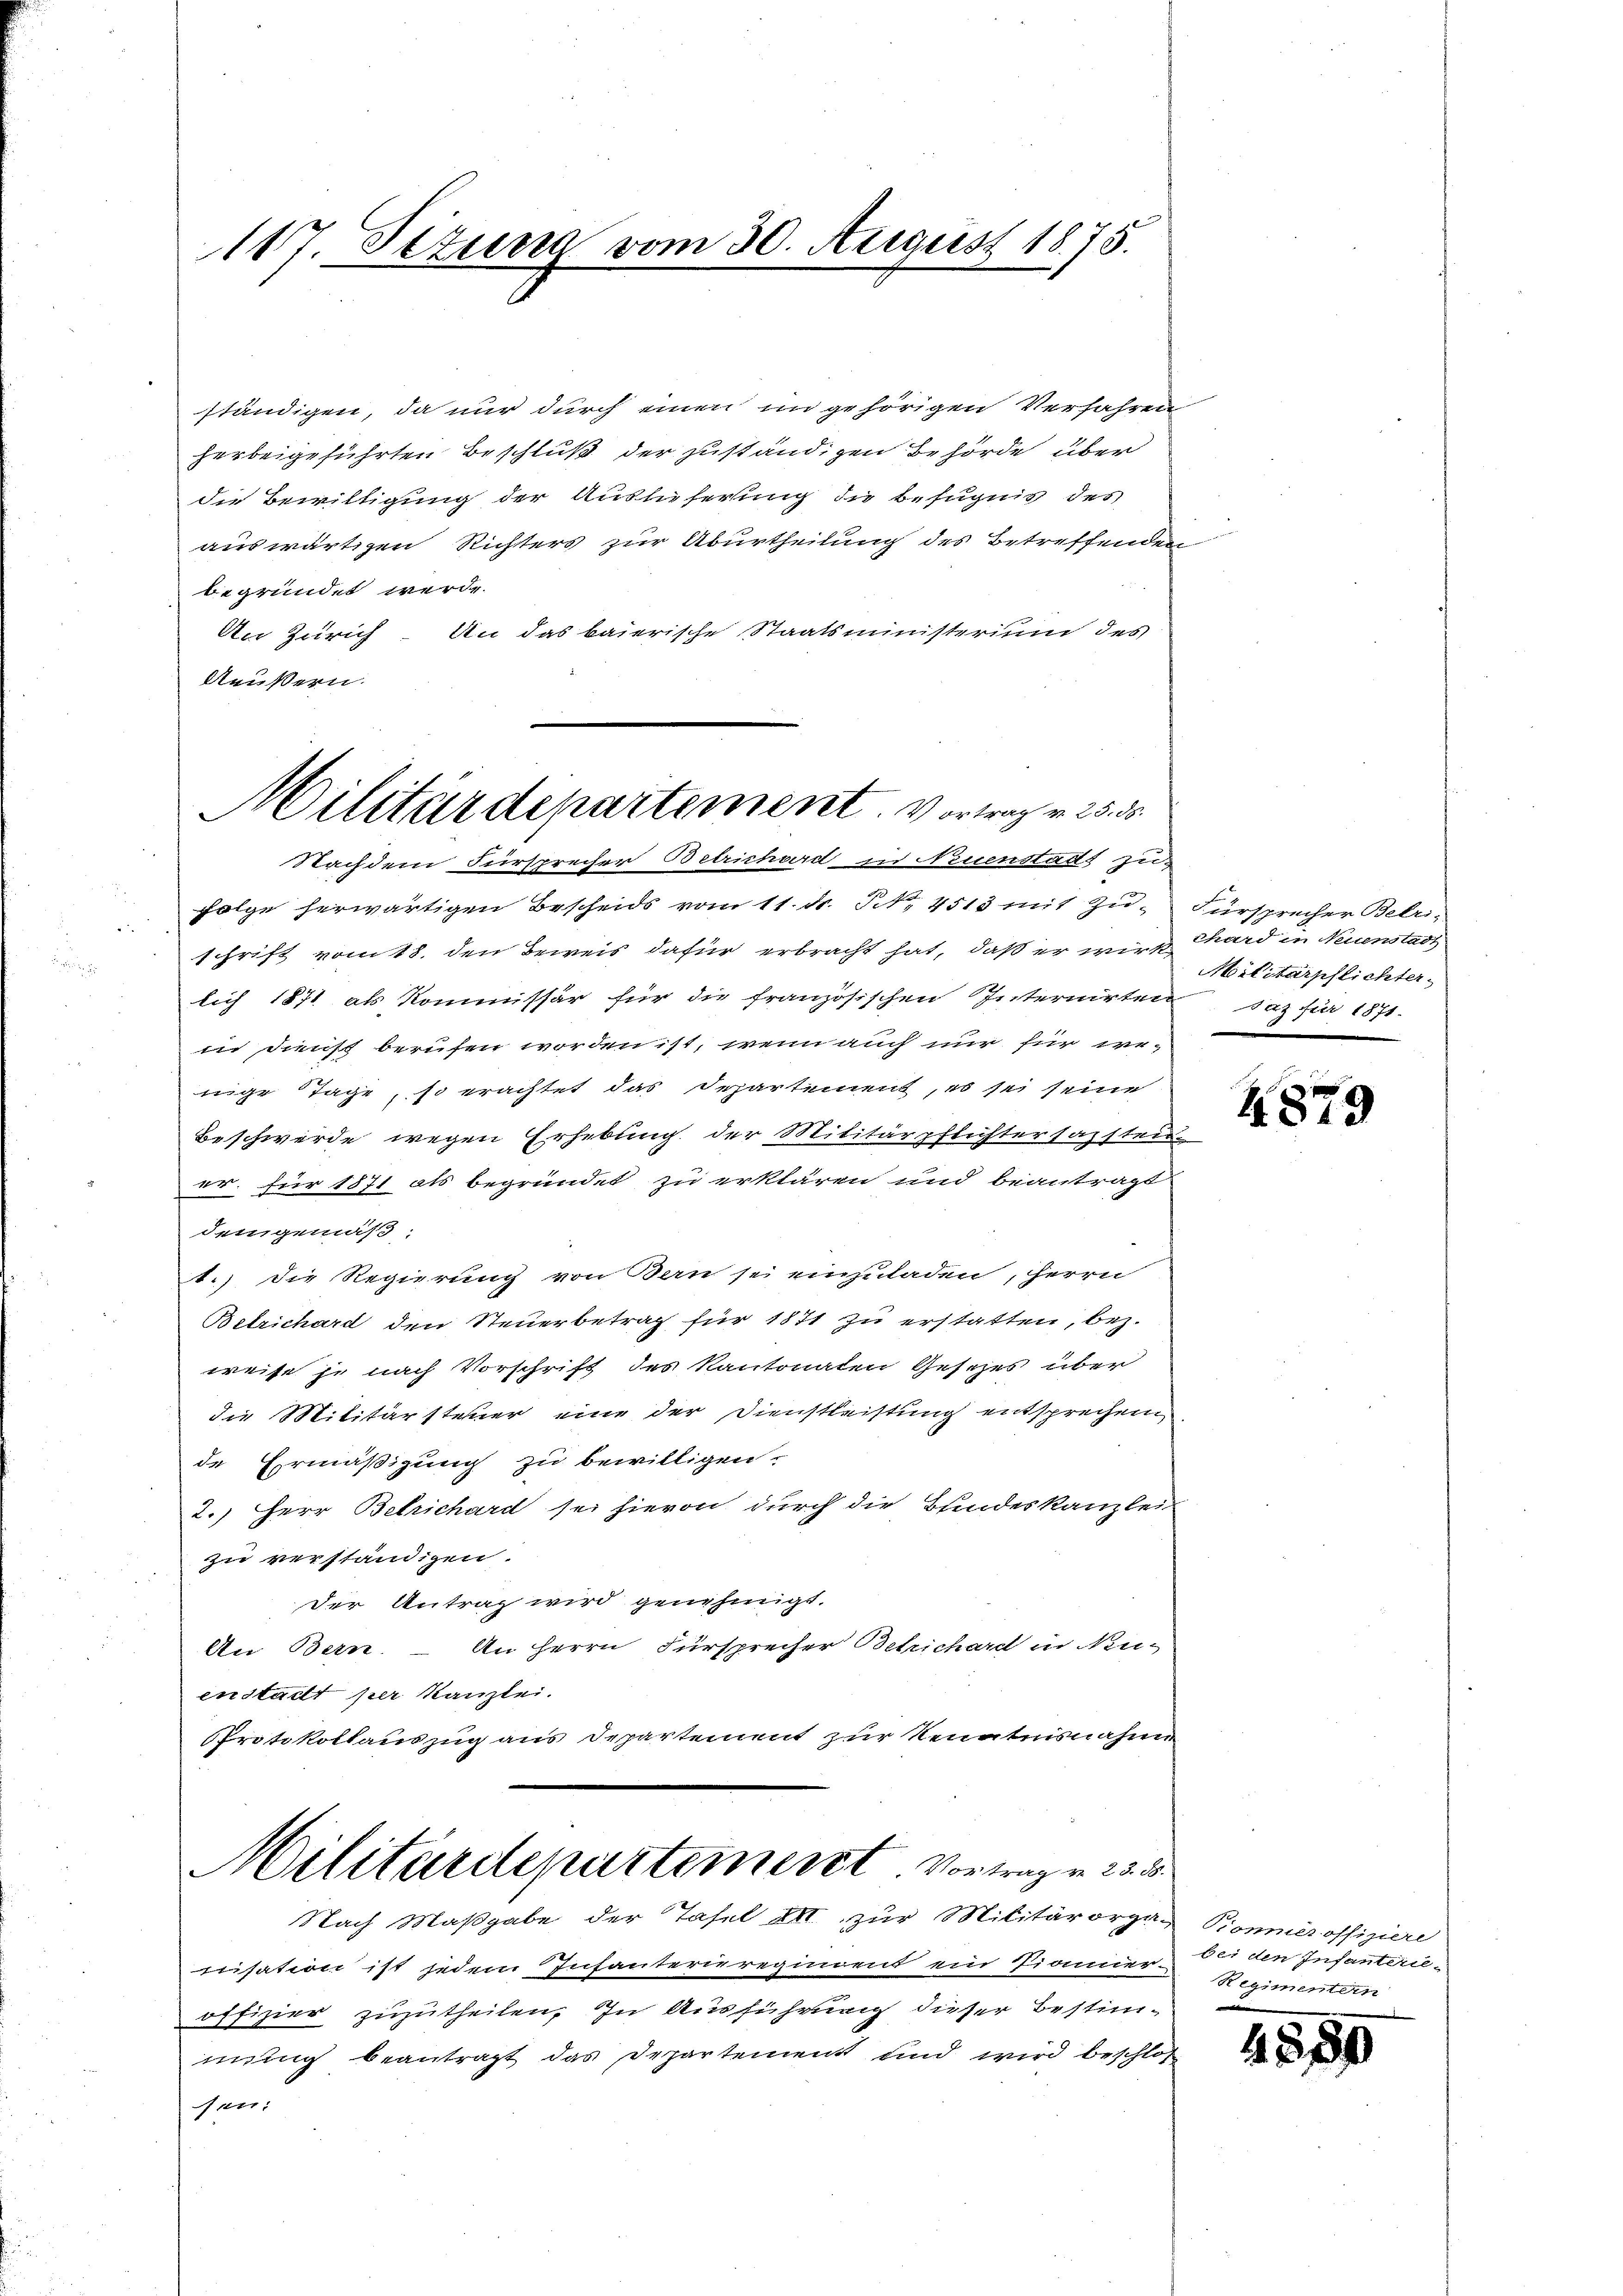
117. Sezung vom 30. August 1875.

ständigen, da nur durch einen im gehörigen Verfahren
herbeigeführten Beschluß der zuständigen Behörde über
die Bewilligung der Auslieferung die befugnis des
auswärtigen Richters zur Aburtheilung des Betreffenden
begründet werde.
An Zürich. An das baierische Staatsministerium des
Aeußern.

Militärdepartement. Vortrag v. 25. d.

Nachdem Fürsprecher Betrichard in Neuenstads zu
Folge herwärtigen Bescheids vom 11. ds. S. 4513 mit Zu-
schrift vom 18. den Beweis dafür erbracht hat, daß er wirk
lich 1871 als Kommissär für die französischen Internirten daz für 1871.
in Dienst berufen worden ist, wenn auch nur für wenige Tage, so erachtet das Departement, es sei seine
Beschwerde wegen Erhebung der Militärpflichtersachten
er. für 1871 als begründet zu erklären und beantragt
demgemäß,
1.) Die Regierung von Bern sei einzuladen, herrn
Betrichard den Steuerbetrag für 1871 zu erstatten, bez.
weise je nach Vorschrift des Kantonaten Gesezes über
die Militärsteuer eine der Dienstleistung entsprechen
de Ermäßigung zu bewilligen
2.) Herr Betrichard sei hievon durch die Bundeskanzlei
zu verständigen.
der Antrag wird genehmigt.
An Bern. – An Herrn Fürsprecher Bekichard in Neu-
enstadt per Kanzlei.
Protokollauszug aus Departement zur Kenntnisnahme
Militärdepartement. Vortrag v. 233.
Nach Maßgabe der Tafel all zur Militärorga-
nisation ist jedem Infanterieregiment ein Pianner-
offizier zuzutheilen. In Ausführung dieser Bestimmung beantragt das Departement und wird beschloß
sen:

Fürsprecher Betri-
thard in Neuenstadt
Militärpflichter.

4879

Pionmer offiziere
bei den Infanterie¬
Regimentern

1589